Lunatic asylums Bombay report 1878-1890 - 1878-1890
Year: 1878
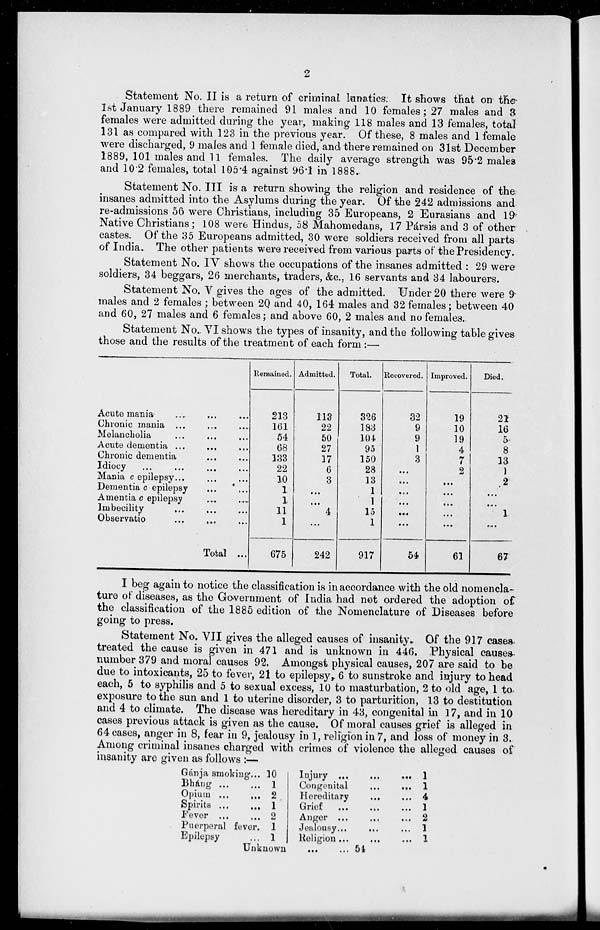
2
Statement No. II is a return of criminal Lunatics. It shows that on the
1st January 1889 there remained 91 males and 10 females; 27 males and 3
females were admitted during the year, making 118 males and 13 females, total
131 as compared with 123 in the previous year. Of these, 8 males and 1 female
were discharged, 9 males and 1 female died, and there remained on 31st December
1889, 101 males and 11 females. The daily average strength was 95.2 males
and 10.2 females, total 105.4 against 96.1 in 1888.
Statement No. III is a return showing the religion and residence of the
insanes admitted into the Asylums during the year. Of the 242 admissions and
re-admissions 56 were Christians, including 35 Europeans, 2 Eurasians and 19
Native Christians; 108 were Hindus, 58 Mahomedans, 17 Pársis and 3 of other
castes. Of the 35 Europeans admitted, 30 were soldiers received from all parts
of India. The other patients were received from various parts of the Presidency.
Statement No. IV shows the occupations of the insanes admitted : 29 were
soldiers, 34 beggars, 26 merchants, traders, &c, 16 servants and 34 labourers.
Statement No. V gives the ages of the admitted. Under 20 there were 9
males and 2 females ; between 20 and 40, 164 males and 32 females; between 40
and 60, 27 males and 6 females; and above 60, 2 males and no females.
Statement No. VI shows the types of insanity, and the following table gives
those and the results of the treatment of each form:—
Acute mania
...
...
...
Chronic mania ... ... ...
Melancholia ... ... ...
Acute dementia ... ... ...
Chronic dementia ... ...
Idiocy
...
...
...
Mania c epilepsy ... ... ...
Dementia c epilepsy ... ...
Amentia c epilepsy ... ...
Imbecility
...
...
...
Observatic ... ... ...
Total ...
Remained.
213
161
54
68
133
22
10
1
1
11
1
675
Admitted.
113
22
50
27
17
6
3
...
...
4
...
242
Total.
326
183
104
95
150
28
13
1
1
15
1
917
Recovered.
32
9
9
1
3
...
...
...
...
...
...
54
Improved.
19
10
19
4
7
2
...
...
...
...
61
Died.
21
16
5
8
13
1
2
...
...
1
...
67
I beg again to notice the classification is in accordance with the old nomencla-
ture of diseases, as the Government of India had not ordered the adoption of
the classification of the 1885 edition of the Nomenclature of Diseases before
going to press.
Statement No. VII gives the alleged causes of insanity. Of the 917 cases
treated the cause is given in 471 and is unknown in 446. Physical causes
number 379 and moral causes 92. Amongst physical causes, 207 are said to be
due to intoxicants, 25 to fever, 21 to epilepsy, 6 to sunstroke and injury to head
each, 5 to syphilis and 5 to sexual excess, 10 to masturbation, 2 to old age, 1 to
exposure to the sun and 1 to uterine disorder, 3 to parturition, 13 to destitution
and 4 to climate. The disease was hereditary in 43, congenital in 17, and in 10
cases previous attack is given as the cause. Of moral causes grief is alleged in
64 cases, anger in 8, fear in 9, jealousy in 1, religion in 7, and loss of money in 3.
Among criminal insanes charged with crimes of violence the alleged causes of
insanity are given as follows:—
Gánja smoking ...
Bhang
...
...
Opium
...
...
Spirits
...
...
Fever
...
...
Puerperal fever.
Epilepsy ...
10
1
2
1
2
1
1
Unknown ... ...
Injury
...
...
...
Congenital ... ... ...
Hereditary ... ... ...
Grief
...
...
...
Anger
...
...
...
Jealousy ... ... ...
Religion
...
...
...
1
1
4
1
2
1
1
54